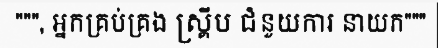
""", អ្នកគ្រប់គ្រង ស្គ្រីប ជំនួយការ នាយក"""